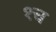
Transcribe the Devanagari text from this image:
१च